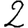
Digit: 2